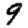
Digit: 9